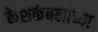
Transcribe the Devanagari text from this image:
केशकंबलीच्या